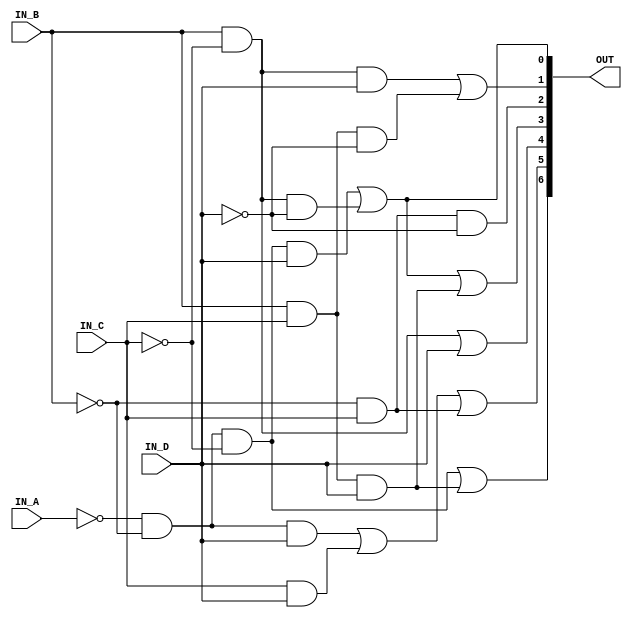
`default_nettype none

module decoder (
    input wire IN_A,
    input wire IN_B,
    input wire IN_C,
    input wire IN_D,
    output wire [6:0] OUT
);
// OUT = 7seg a b c d e f g
    assign OUT[0] = ~IN_A & ~IN_B & ~IN_C & IN_D | IN_B & ~IN_C & ~IN_D;
    assign OUT[1] = IN_B & ~IN_C & IN_D | IN_B & IN_C & ~IN_D;
    assign OUT[2] = ~IN_B & IN_C & ~IN_D;
    assign OUT[3] = IN_B & ~IN_C & ~IN_D | ~IN_A & ~IN_B & ~IN_C & IN_D | IN_B & IN_C & IN_D;
    assign OUT[4] = IN_B & ~IN_C | IN_D;
    assign OUT[5] = ~IN_A & ~IN_B & IN_D | IN_C & IN_D | ~IN_B & IN_C;
    assign OUT[6] = ~IN_A & ~IN_B & ~IN_C | IN_B & IN_C & IN_D;

endmodule